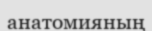
анатомияның